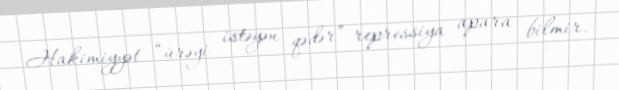
Hakimiyyət “ürəyi istəyən qədər” repressiya apara bilmir.